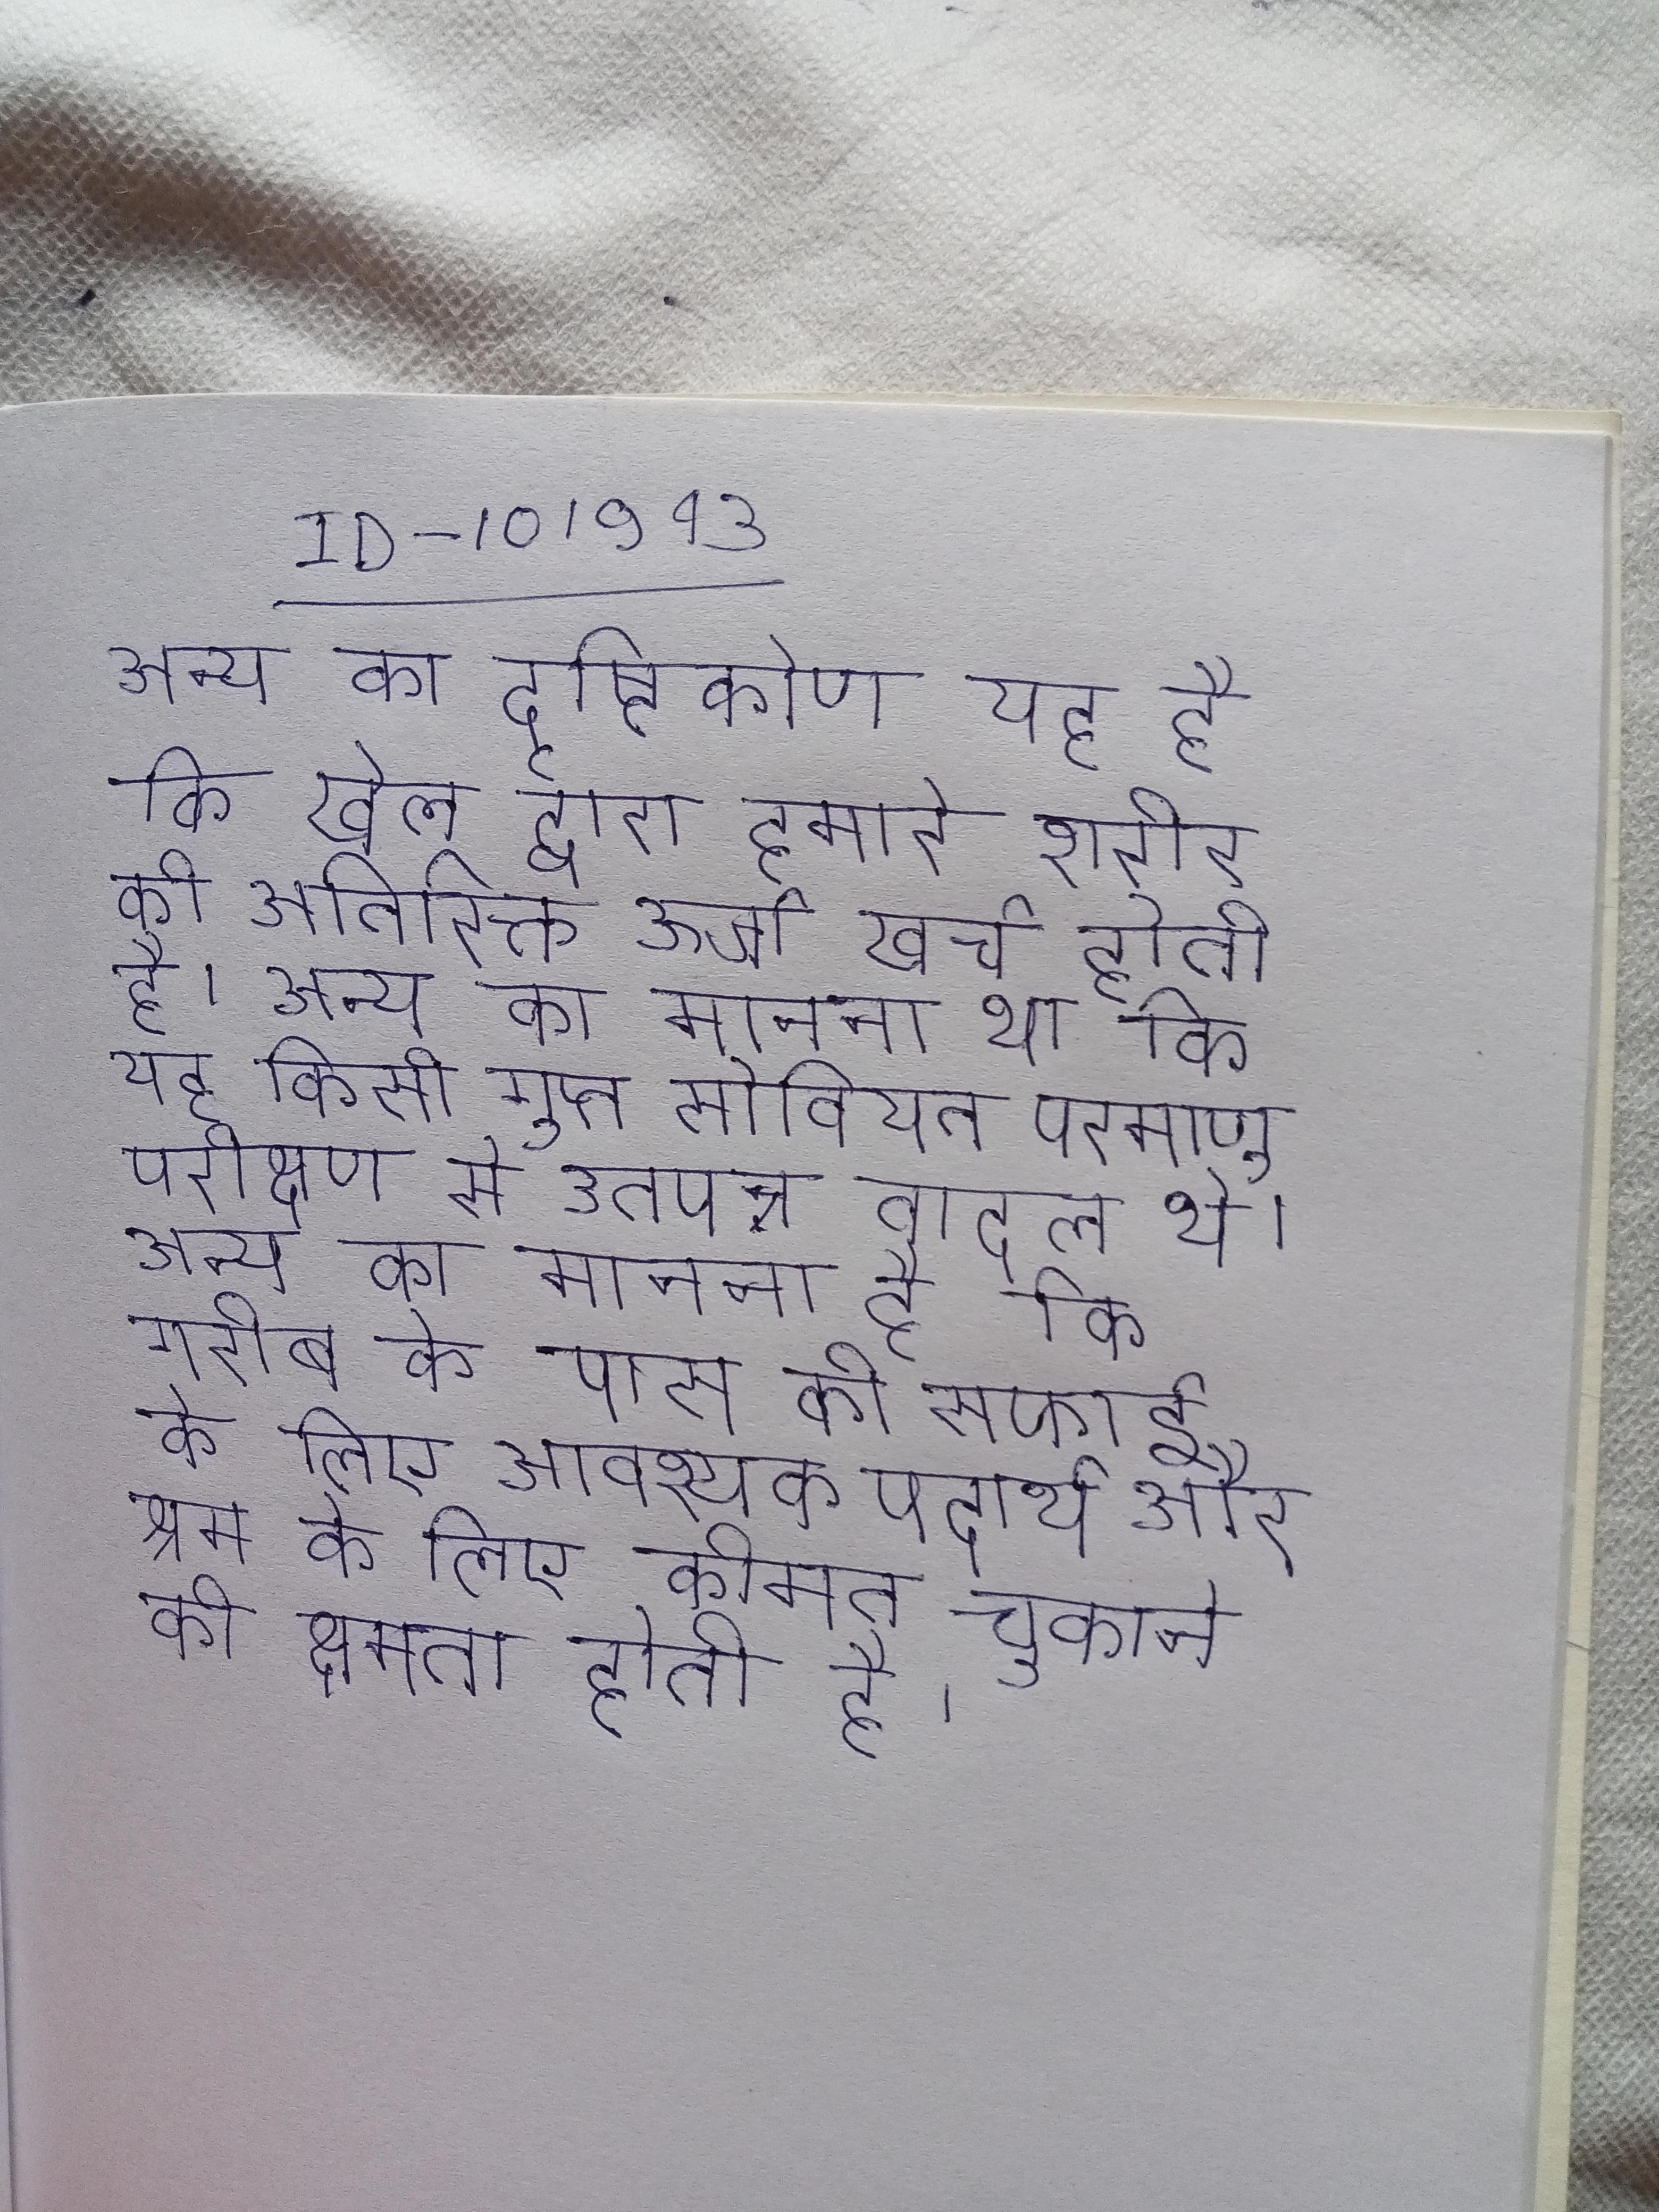
अन्य का दृष्टिकोण यह है कि खेल द्वारा हमारे शरीर की अतिरिक्त ऊर्जा खर्च होती है । अन्य का मानना था कि यह किसी गुप्त सोवियत परमाणु परीक्षण से उतपन्न बादल थे । अन्य का मानना है कि गरीब के पास की सफाई के लिए आवश्यक पदार्थ और श्रम के लिए कीमत चुकाने की क्षमता होती है ।